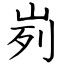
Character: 峛